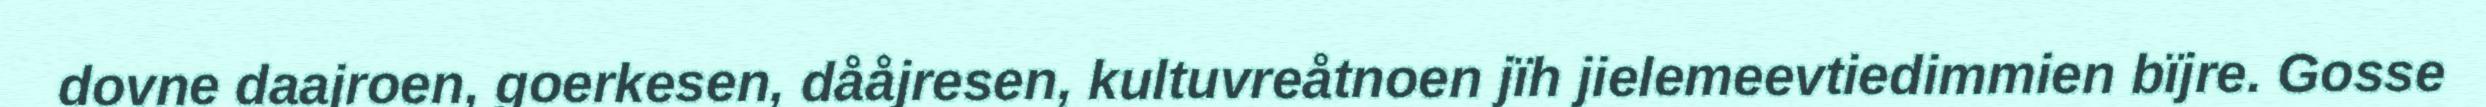
dovne daajroen, goerkesen, dååjresen, kultuvreåtnoen jïh jielemeevtiedimmien bïjre. Gosse